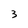
Character: 3